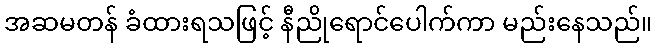
အဆမတန် ခံထားရသဖြင့် နီညိုရောင်ပေါက်ကာ မည်းနေသည်။